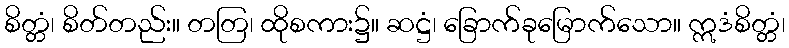
စိတ္တံ၊ စိတ်တည်း။ တတြ၊ ထိုစကား၌။ ဆဋ္ဌံ၊ ခြောက်ခုမြောက်သော။ ဣဒံစိတ္တံ၊